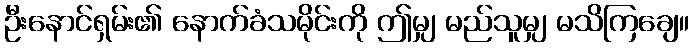
ဦးနောင်ရှမ်း၏ နောက်ခံသမိုင်းကို ဤမျှ မည်သူမျှ မသိကြချေ။